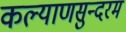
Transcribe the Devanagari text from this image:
कल्याणसुन्दरम